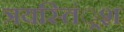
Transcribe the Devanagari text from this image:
त्रयस्तिं्रश